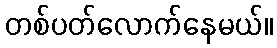
တစ်ပတ်လောက်နေမယ်။